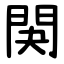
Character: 䦑